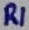
Text: R1